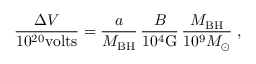
{ \frac { \Delta V } { 1 0 ^ { 2 0 } \mathrm { v o l t s } } } = { \frac { a } { M _ { \mathrm { B H } } } } \, { \frac { B } { 1 0 ^ { 4 } \mathrm { G } } } \, { \frac { M _ { \mathrm { B H } } } { 1 0 ^ { 9 } M _ { \odot } } } \; ,